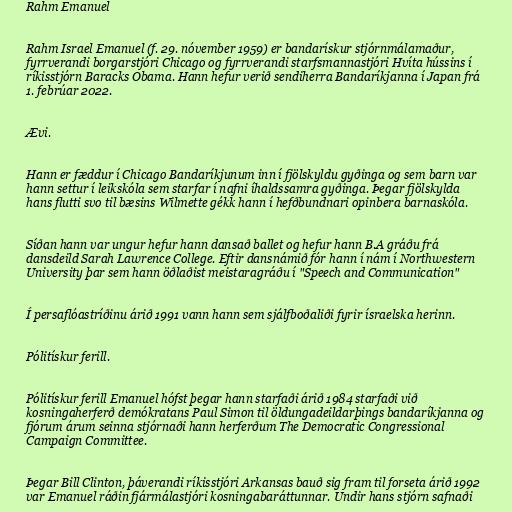
Rahm Emanuel

Rahm Israel Emanuel (f. 29. nóvember 1959) er bandarískur stjórnmálamaður,
fyrrverandi borgarstjóri Chicago og fyrrverandi starfsmannastjóri Hvíta hússins í
ríkisstjórn Baracks Obama. Hann hefur verið sendiherra Bandaríkjanna í Japan frá
1. febrúar 2022.

Ævi.

Hann er fæddur í Chicago Bandaríkjunum inn í fjölskyldu gyðinga og sem barn var
hann settur í leikskóla sem starfar í nafni íhaldssamra gyðinga. Þegar fjölskylda
hans flutti svo til bæsins Wilmette gékk hann í hefðbundnari opinbera barnaskóla.

Síðan hann var ungur hefur hann dansað ballet og hefur hann B.A gráðu frá
dansdeild Sarah Lawrence College. Eftir dansnámið fór hann í nám í Northwestern
University þar sem hann öðlaðist meistaragráðu í "Speech and Communication"

Í persaflóastríðinu árið 1991 vann hann sem sjálfboðaliði fyrir ísraelska herinn.

Pólitískur ferill.

Pólitískur ferill Emanuel hófst þegar hann starfaði árið 1984 starfaði við
kosningaherferð demókratans Paul Simon til öldungadeildarþings bandaríkjanna og
fjórum árum seinna stjórnaði hann herferðum The Democratic Congressional
Campaign Committee.

Þegar Bill Clinton, þáverandi ríkisstjóri Arkansas bauð sig fram til forseta árið 1992
var Emanuel ráðin fjármálastjóri kosningabaráttunnar. Undir hans stjórn safnaði